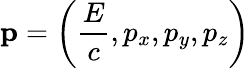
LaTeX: \textbf{p}=\left(\frac{E}{c},p_{x},p_{y},p_{z}\right)